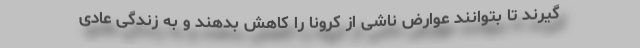
گیرند تا بتوانند عوارض ناشی از کرونا را کاهش بدهند و به زندگی عادی